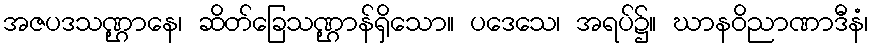
အဇပဒသဏ္ဌာနေ၊ ဆိတ်ခြေသဏ္ဌာန်ရှိသော။ ပဒေသေ၊ အရပ်၌။ ဃာနဝိညာဏာဒီနံ၊